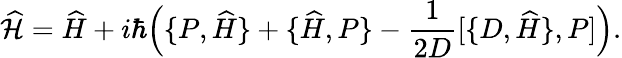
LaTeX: \widehat{\mathcal{H}}=\widehat{H}+i\hbar\Big(\{ P,{\widehat{H}}\} +\{ \widehat{H},P\} -\frac{1}{2D}[\{ D,\widehat{H}\} ,P]\Big).